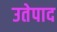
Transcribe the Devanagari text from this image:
उतेपाद